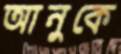
আনুকে